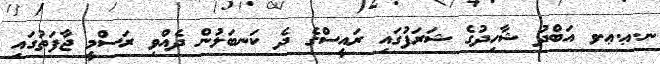
ނ.ޢ.ޢ.ވ އަބްދު ޝާހިދުގެ ޝަރަފުގައި ރައީސްގެ ދެ ކަނބަލުން ދެއްވި ރަސްމީ ޖާފަތުގައި